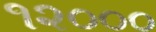
૧૨૦૦૦